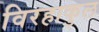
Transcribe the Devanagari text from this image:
विरहाकुल